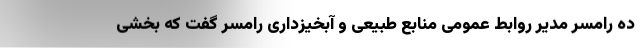
ده رامسر مدیر روابط عمومی منابع طبیعی و آبخیزداری رامسر گفت که بخشی